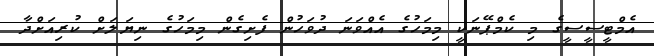
އެމްޓީސީސީގެ މި ކެމްޕޭނަކީ މިމަހުގެ އެއްވަނަ ދުވަހުން ފެށިގެން މިމަހުގެ ނިޔަލަށް ކުރިއަށްދާ